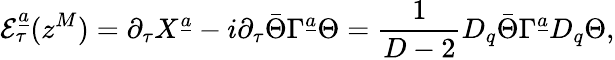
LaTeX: {\cal E}_{\tau}^{\underline{{a}}}(z^{M})=\partial_{\tau}X^{\underline{{a}}}-i\partial_{\tau}\bar{\Theta}\Gamma^{\underline{{a}}}\Theta={\frac{1}{D-2}}D_{q}\bar{\Theta}\Gamma^{\underline{{a}}}D_{q}\Theta,